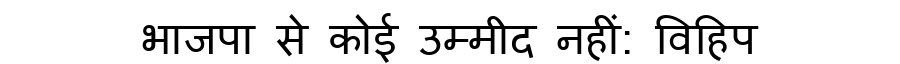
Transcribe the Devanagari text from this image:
भाजपा से कोई उम्मीद नहीं: विहिप